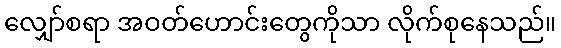
လျှော်စရာ အဝတ်ဟောင်းတွေကိုသာ လိုက်စုနေသည်။